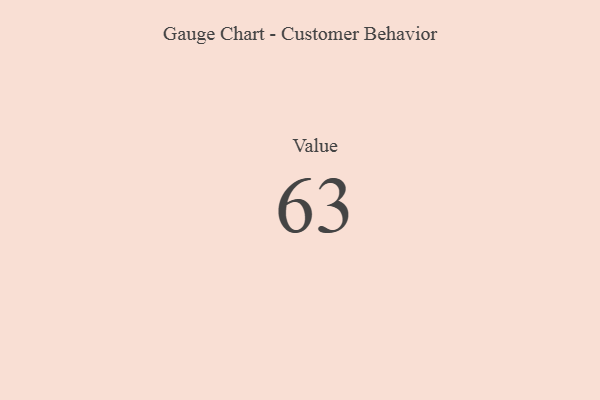
{"axis": {"x": "Metric", "y": "Value"}, "legend": [""], "data": [{"x": "Value", "y": 63, "type": ""}]}